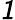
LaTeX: \mathsfit{1}